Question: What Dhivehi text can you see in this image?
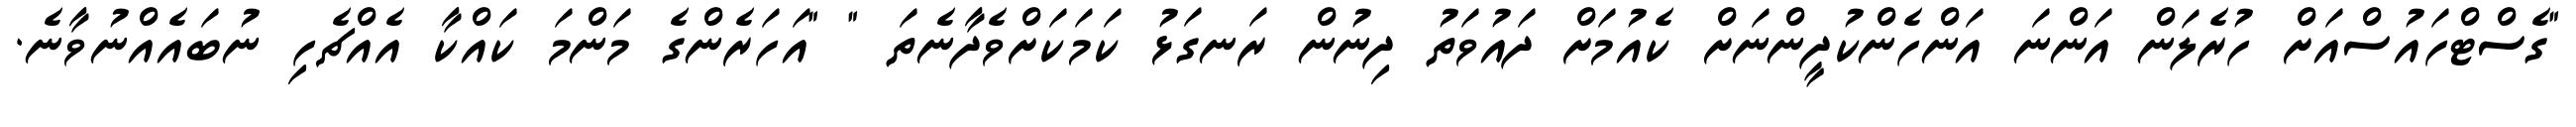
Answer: "ގެސްޓްހައުސްއަށް ހުރެލަން އަންނަ އަންހެންކުދީންނަށް ކެއުމަށް ދައުވަތު ދިނުން ރަނގަޅު ކަމަކަށްވެދާނެތަ " "އަހަރެންގެ މަންމަ ކައްކާ އެއްޗެހި ނުބައެއްނުވާނެ.